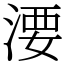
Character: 㴗